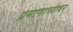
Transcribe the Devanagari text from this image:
प्रमाणाच्यावर